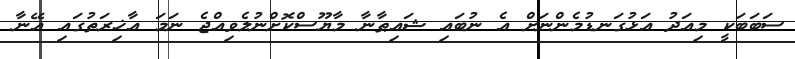
ސަބަބަކީ މިއަދު އަޅުގަނޑުމެންނަށް އެ ނުބައި ޝައިޠާނާ މާޔޫސްކޮށްނުލެވިއްޖެ ނަމަ އާޚިރަތުގައި އޭނާ